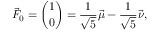
{ \vec { F } } _ { 0 } = { \binom { 1 } { 0 } } = { \frac { 1 } { \sqrt { 5 } } } { \vec { \mu } } - { \frac { 1 } { \sqrt { 5 } } } { \vec { \nu } } ,